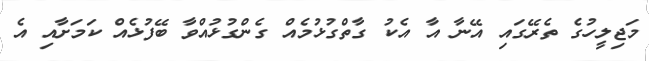
މަޖިލީހުގެ ތެރޭގައި އޭނާ އާ އެކު ގާތްގުޅުމެއް ގެންގުޅުއްވާ ބޭފުޅެއް ކަމަށާއި އެ